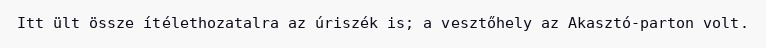
Itt ült össze ítélethozatalra az úriszék is; a vesztőhely az Akasztó-parton volt.